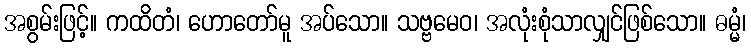
အစွမ်းဖြင့်။ ကထိတံ၊ ဟောတော်မူ အပ်သော။ သဗ္ဗမေဝ၊ အလုံးစုံသာလျှင်ဖြစ်သော။ ဓမ္မံ၊